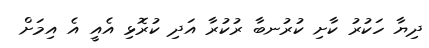
ދިޔާ ހަކުރު ކާށި ކުރުނބާ ރުކުރާ އަދި ކުރޮޅި އެއީ އެ އިމަށް